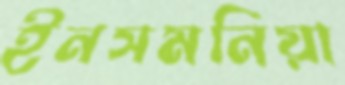
ইনসমনিয়া